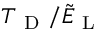
{ T _ { \mathrm { ~ D ~ } } } / \tilde { E } _ { \mathrm { ~ L ~ } }